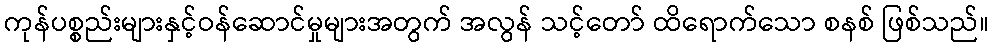
ကုန်ပစ္စည်းများနှင့်ဝန်ဆောင်မှုများအတွက် အလွန် သင့်တော် ထိရောက်သော စနစ် ဖြစ်သည်။